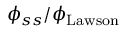
\phi _ { s s } / \phi _ { \mathrm { L a w s o n } }